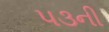
૫૩ની